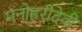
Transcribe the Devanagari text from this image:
मनोहरीदेवी